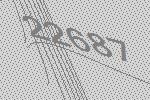
22687